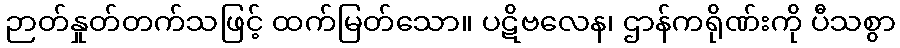
ဉာတ်နှုတ်တက်သဖြင့် ထက်မြတ်သော။ ပဋိဗလေန၊ ဌာန်ကရိုဏ်းကို ပီသစွာ